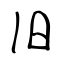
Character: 旧